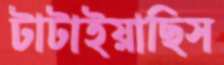
টাটাইয়াছিস